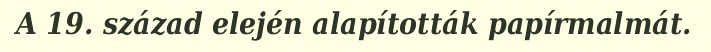
A 19. század elején alapították papírmalmát.